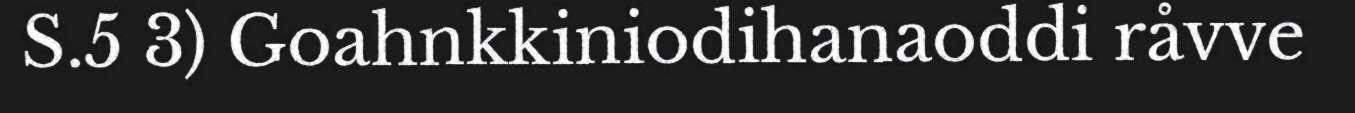
S.5 3) Goahnkkiniodihanaoddi råvve